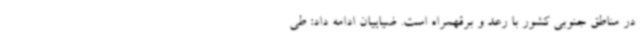
در مناطق جنوبی کشور با رعد و برقهمراه است. ضیاییان ادامه داد: طی